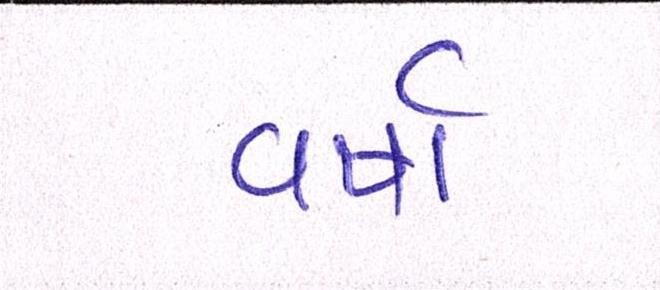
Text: વર્ષા